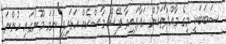
ސަބަބަކީ މީގެ މާއްދާތަކުން ހަދާފައިވާ ފޭސް މާސްކެއް އަޅައިފި ނަމަ މޫނުގައި ހުންނަ